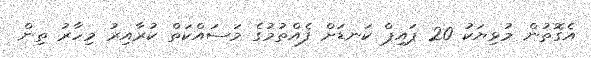
އެގޮތުން މުޅިޔަކު 20 ޕައިޕް ކަނޑަށް ފެއްތުމުގެ މަސައްކަތް ކުރާއިރު މިހާރު ތިން